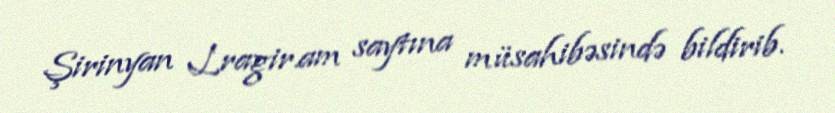
Şirinyan Lragir.am saytına müsahibəsində bildirib.